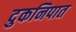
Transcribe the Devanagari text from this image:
दुकनिपात